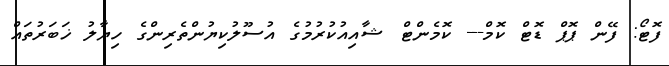
ފޮޓޯ: ފޭން ޕޮޕް ޑޮޓް ކޮމް--- ކޮމެންޓް ޝާއިއުކުރުމުގެ އުސޫލުކިޔުންތެރިންގެ ހިޔާލު ޚަބަރުތައް